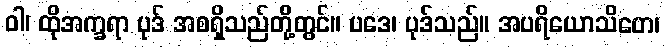
ဝါ၊ ထိုအက္ခရာ ပုဒ် အစရှိသည်တို့တွင်။ ပဒေ၊ ပုဒ်သည်။ အပရိယောသိတေ၊